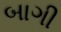
બાગી